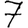
Digit: 7